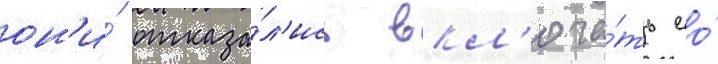
он'и́ отказа́л'ись вкл'юча́ть ео́